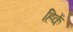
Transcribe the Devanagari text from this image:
हिकें